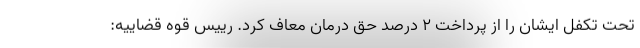
تحت تکفل ایشان را از پرداخت ۲ درصد حق درمان معاف کرد. رییس قوه قضاییه: